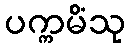
ပက္ကမိံသု